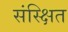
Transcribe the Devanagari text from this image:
संस्क्षित